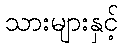
သားများနှင့်